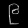
Digit: ၉